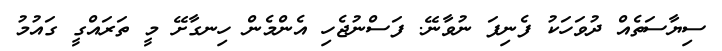
ސިޔާސަތެއް ދުވަހަކު ފެނިފަ ނުވާނޭ. ފަސްނުޖެހި އެންމެން ހިނގާށޭ މީ ތަރައްގީ ގައުމު